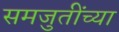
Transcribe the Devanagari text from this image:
समजुतींच्या